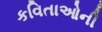
કવિતાઓની